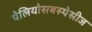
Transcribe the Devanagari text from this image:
पेलियोसबस्पेसीज